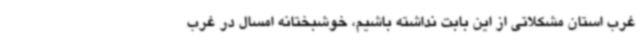
غرب استان مشکلاتی از این بابت نداشته باشیم، خوشبختانه امسال در غرب